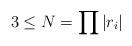
LaTeX: \begin{align*}3 \leq N = \prod |r_i| \end{align*}